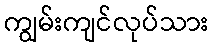
ကျွမ်းကျင်လုပ်သား